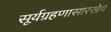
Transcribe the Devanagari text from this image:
सूर्यग्रहणासारखेच